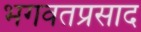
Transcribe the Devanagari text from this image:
भगवतप्रसाद